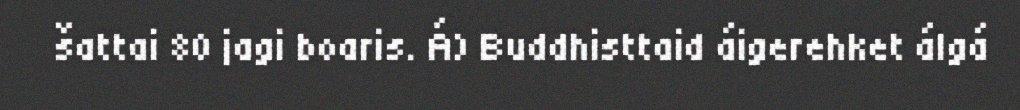
šattai 80 jagi boaris. Á) Buddhisttaid áigerehket álgá